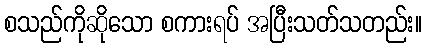
စသည်ကိုဆိုသော စကားရပ် အပြီးသတ်သတည်း။